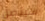
سيتصل